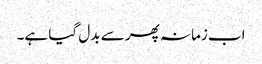
اب زمانہ پھر سے بدل گیا ہے۔